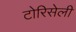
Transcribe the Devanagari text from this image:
टोरिसेली